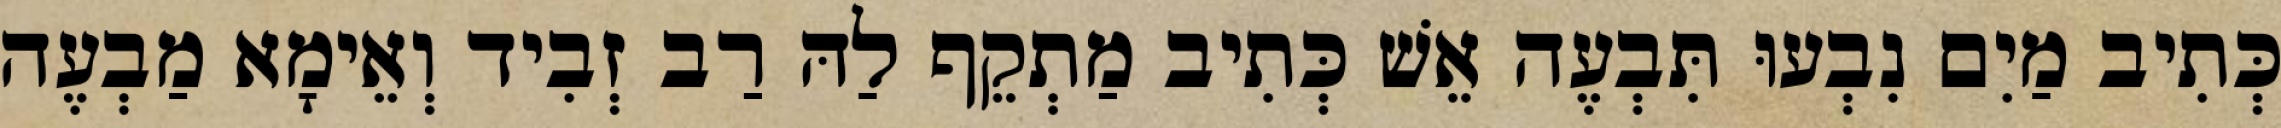
כְּתִיב מַיִם נִבְעוּ תִּבְעֶה אֵשׁ כְּתִיב מַתְקֵף לַהּ רַב זְבִיד וְאֵימָא מַבְעֶה